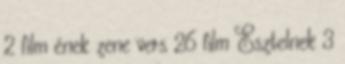
2 film ének zene vers 26 film Esztelnek 3